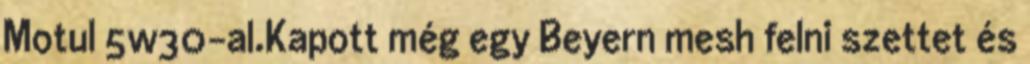
Motul 5w30-al.Kapott még egy Beyern mesh felni szettet és